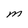
Character: M